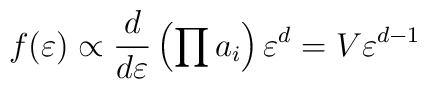
f(\varepsilon)\propto {d\over d\varepsilon}\left(\prod a_i\right) \varepsilon^d=V \varepsilon^{d-1}